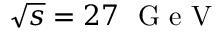
\sqrt { s } = 2 7 ~ \mathrm { ~ G ~ e ~ V ~ }